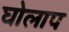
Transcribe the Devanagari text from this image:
घोलाप